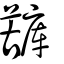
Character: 𧁷